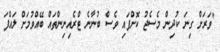
"ވަރަށް ގިނަ ކުދިން މެސެޖު ކޮށްފައި ވެސް ބުނާނެ ޓްރެއިނިންތައް ބޭއްވުމަށް ލައްފަ